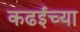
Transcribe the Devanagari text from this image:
कढईच्या